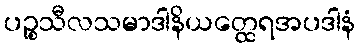
ပဉ္စသီလသမာဒါနိယတ္ထေရအပဒါနံ